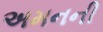
અમનની